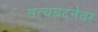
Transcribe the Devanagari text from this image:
सत्यघटनेवर